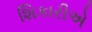
શિકારીએ